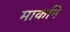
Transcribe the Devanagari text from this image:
मार्काने